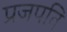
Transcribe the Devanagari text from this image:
प्रजपति